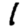
Digit: 1